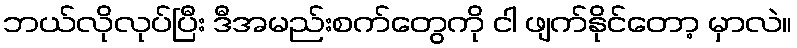
ဘယ်လိုလုပ်ပြီး ဒီအမည်းစက်တွေကို ငါ ဖျက်နိုင်တော့ မှာလဲ။